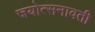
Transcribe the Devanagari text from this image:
जयोत्सनावती